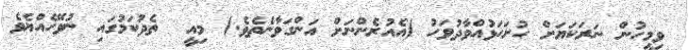
ވިމީހުން ނަރަކަޔަށް ހުށަަހަޅުއްވާދުވަހު (އެއުރެންނަށް އަންގަވާނެތެވެ.) މިއީ  ތެދުކަމުގައި ނުވޭހެއްޔެވެ